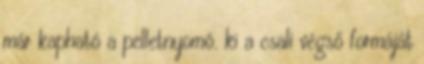
már kapható a pelletnyomó. ki a csali végső formáját